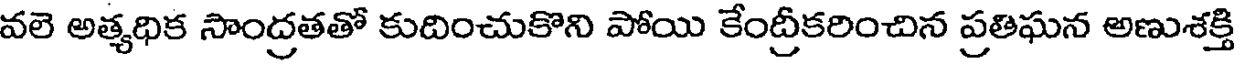
వలె అత్యధిక సాంద్రతతో కుదించుకొని పోయి కేంద్రీకరించిన ప్రతిఘన అణుశక్తి